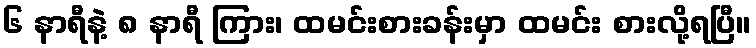
၆ နာရီနဲ့ ၈ နာရီ ကြား၊ ထမင်းစားခန်းမှာ ထမင်း စားလို့ရပြီ။